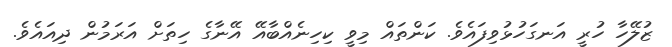
ޒުލޭހާ ހުރީ އަނގަހުޅުވިފައެވެ. ކަންތައް މިވީ ކިހިނެއްބާއޭ އޭނާގެ ހިތަށް އަރަމުން ދިއައެވެ.